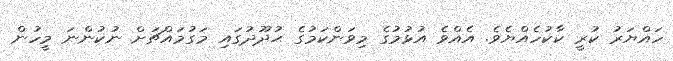
ހައްޔަރު ކުރީ ކާކުހެއްޔެވެ. އެއްވެ އުޅުމުގެ މިވަންކަމުގެ ޙުދޫދުގައި މަގުމައްޗަށް ނުކުންނަ މީހުން